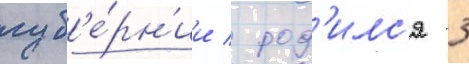
губ'е́рн'ии / род'илс'я 3